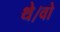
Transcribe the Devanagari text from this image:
थे।वो